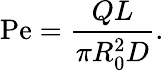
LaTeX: \mathrm{Pe}=\frac{QL}{\pi R_{0}^{2}D}.